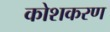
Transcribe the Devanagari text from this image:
कोशकरण